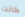
كانت